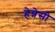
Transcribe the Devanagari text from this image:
हेन्नेसी